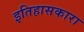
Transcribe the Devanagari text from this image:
इतिहासकारा